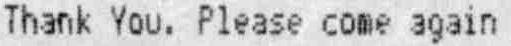
THANK YOU. PLEASE COME AGAIN